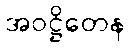
အဝဋ္ဌိတေန